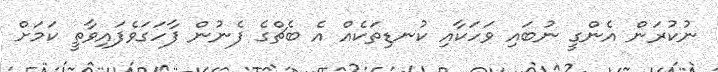
ނުކުރަން އެންގީ ނުބައި ވަހަކާއި ކުނޑިތަކެއް އެ ބެޗްގެ ފެނުން ފާހަގަވެފައިވާތީ ކަމަށް